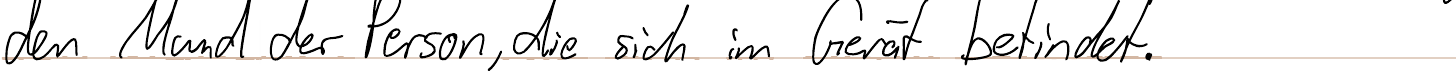
den Mund der Person, die sich im Gerät befindet.